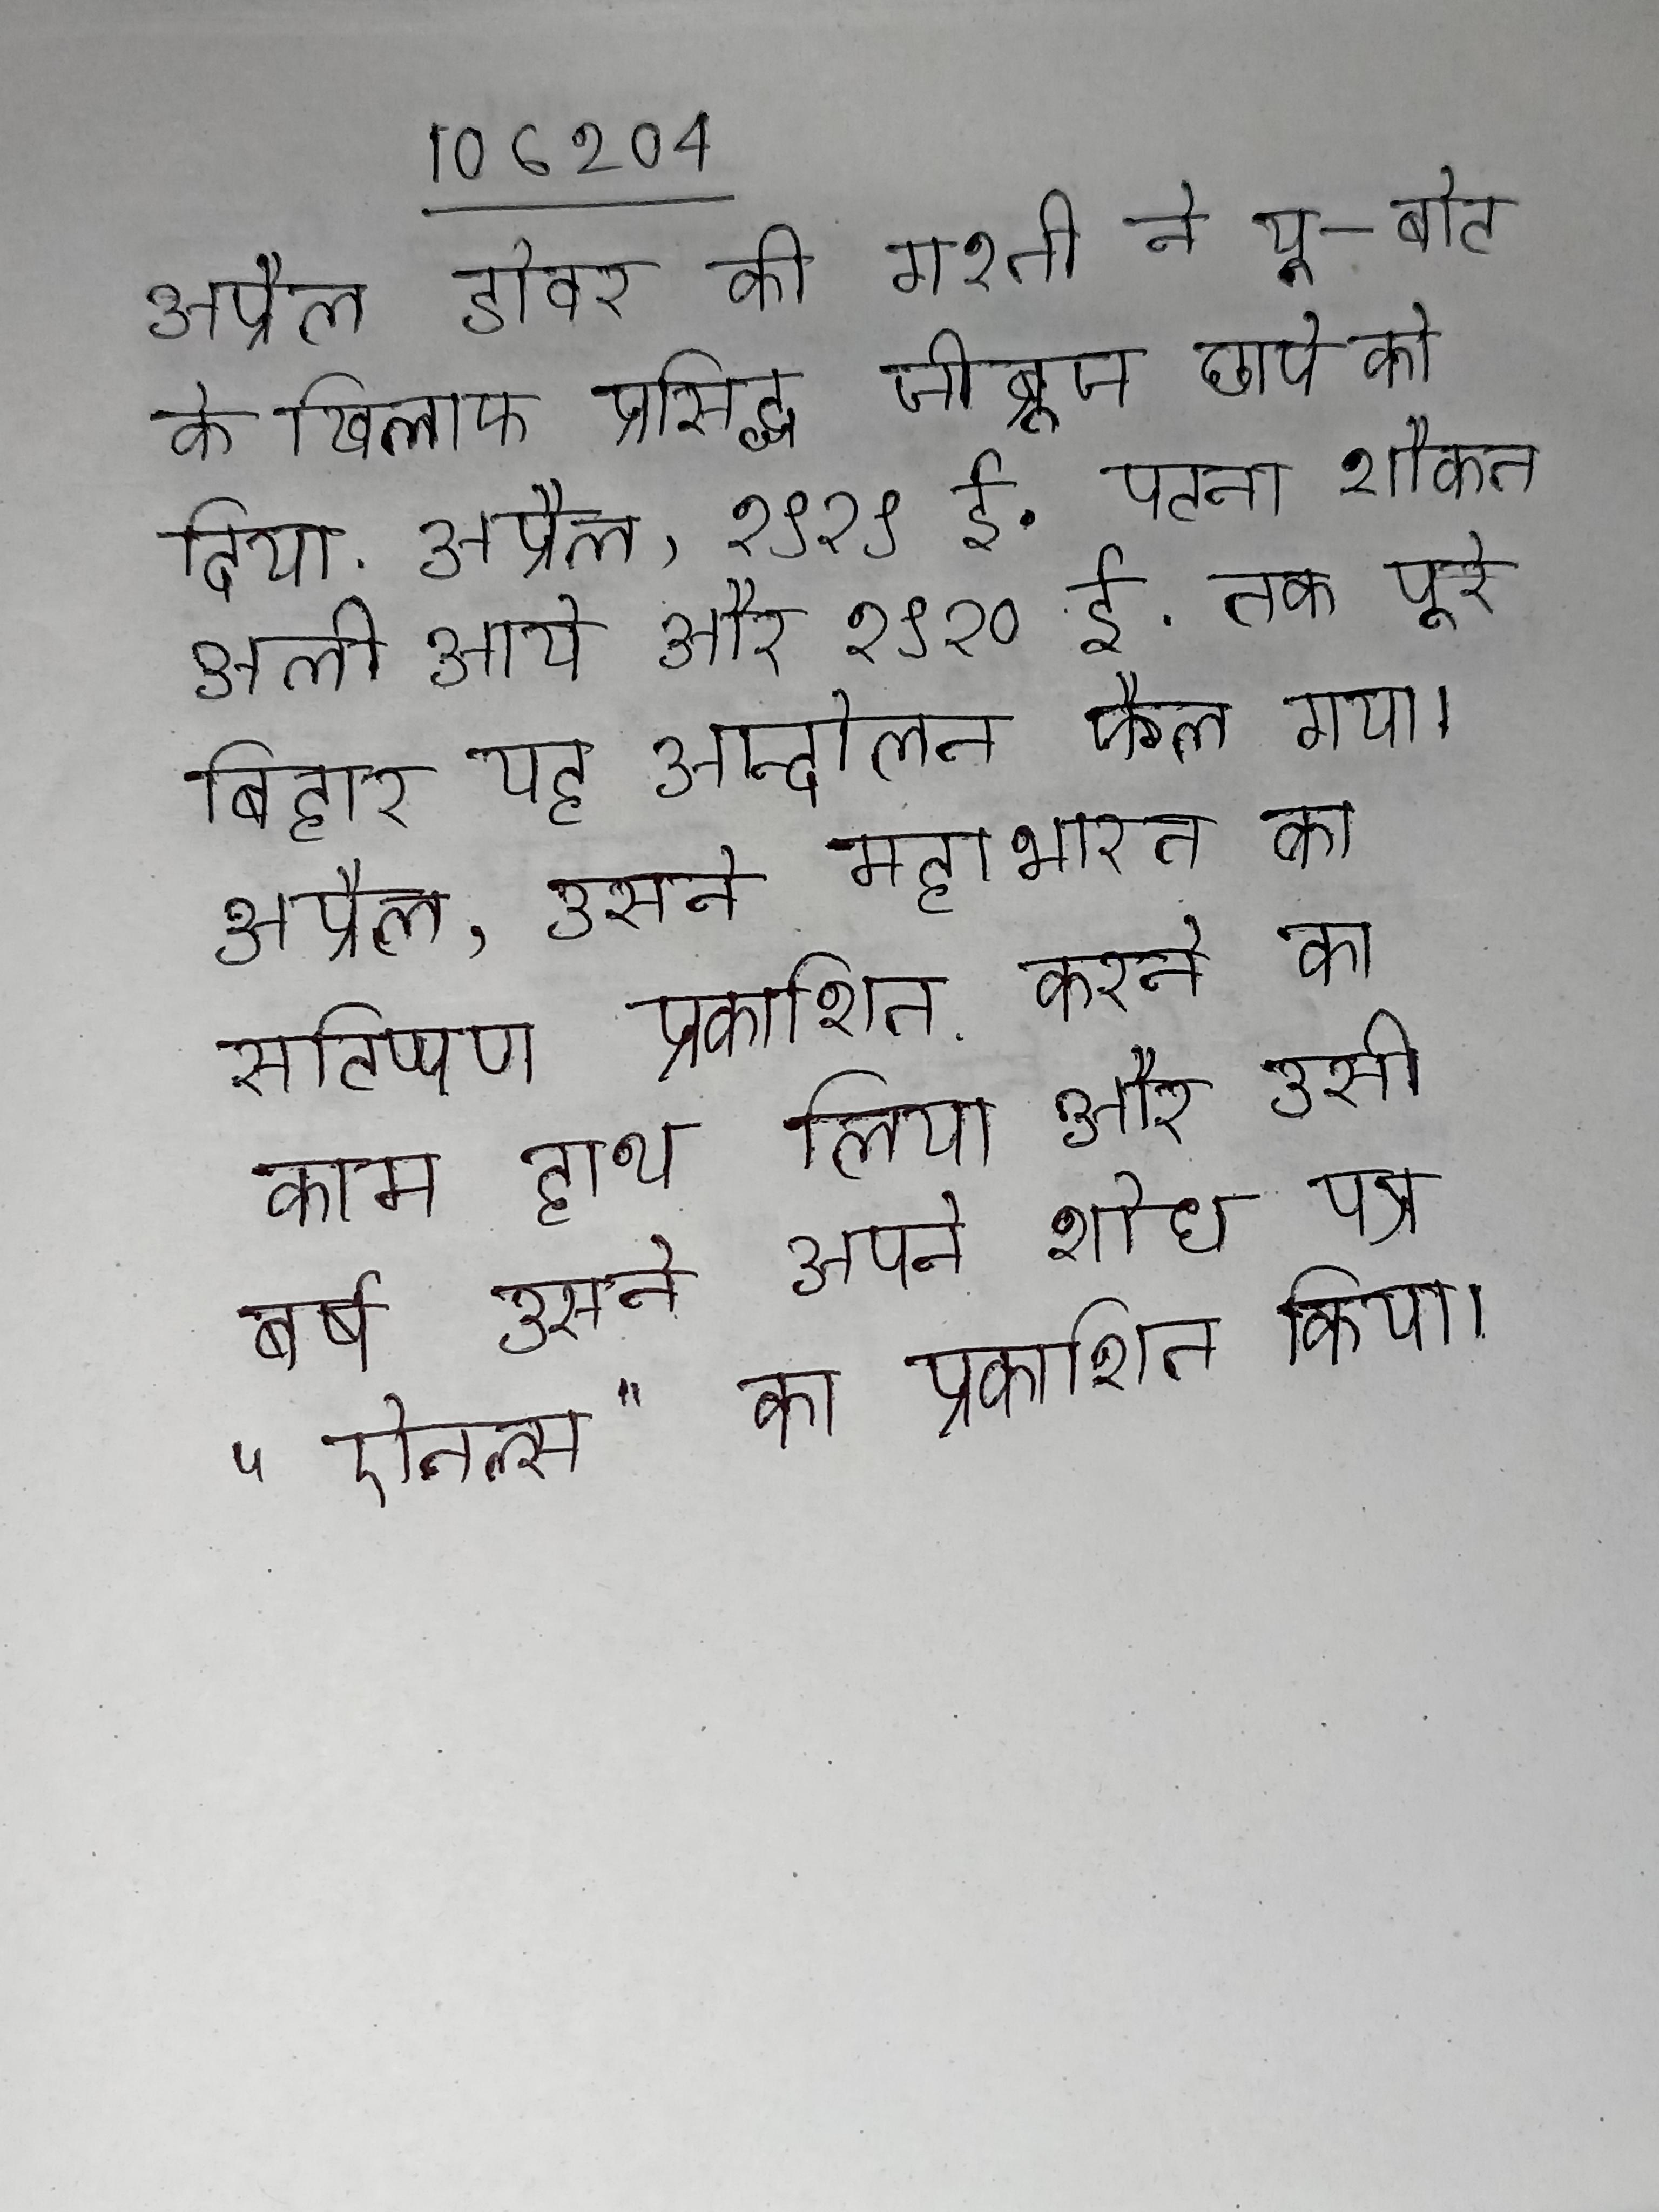
अप्रैल डोवर की गश्ती ने यू-बोट के खिलाफ प्रसिद्ध जीब्रूज छापे को दिया . अप्रैल, १९१९ ई. पटना शौकत अली आये और १९२० ई. तक पूरे बिहार यह आन्दोलन फैल गया । अप्रैल, उसने महाभारत का सटिप्पण प्रकाशित करने का काम हाथ लिया और उसी वर्ष उसने अपने शोध पत्र "ऐनल्स" का प्रकाशित किया ।